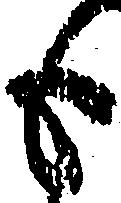
も